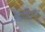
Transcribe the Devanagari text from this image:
अग्नीपथ